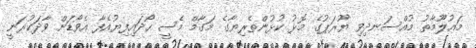
މައުލޫމާތު މުއްސަނދިވި ޔޫރަޕުގެ މޮޅު ކުޅުންތެރިޔާގެ މަގާމް މެސީ ހޯދައިފިޔުއެފާ އެވޯޑަށް ވާދަކުރަނީ